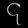
Digit: ၄